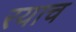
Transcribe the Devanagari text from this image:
रयाच